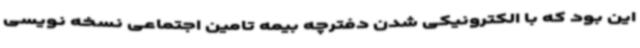
این بود که با الکترونیکی شدن دفترچه بیمه تامین اجتماعی نسخه نویسی